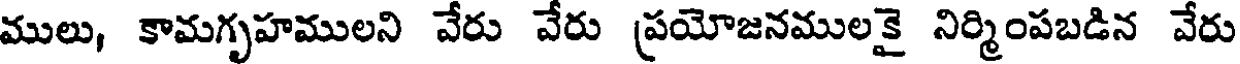
ములు, కామగృహములని వేరు వేరు ప్రయోజనములకై నిర్మింపబడిన వేరు